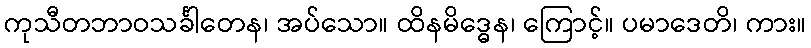
ကုသီတဘာဝသင်္ခါတေန၊ အပ်သော။ ထိနမိဒ္ဓေန၊ ကြောင့်။ ပမာဒေတိ၊ ကား။